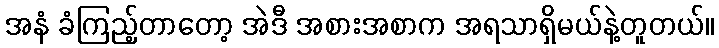
အနံ ခံကြည့်တာတော့ အဲဒီ အစားအစာက အရသာရှိမယ်နဲ့တူတယ်။